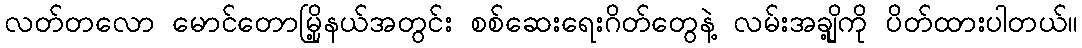
လတ်တလော မောင်တောမြို့နယ်အတွင်း စစ်ဆေးရေးဂိတ်တွေနဲ့ လမ်းအချို့ကို ပိတ်ထားပါတယ်။